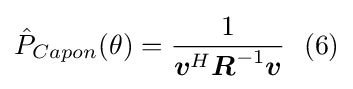
{\hat {P}}_{Capon}(\theta )={\frac {1}{{\boldsymbol {v}}^{H}{\boldsymbol {R}}^{-1}{\boldsymbol {v}}}}\ \ (6)